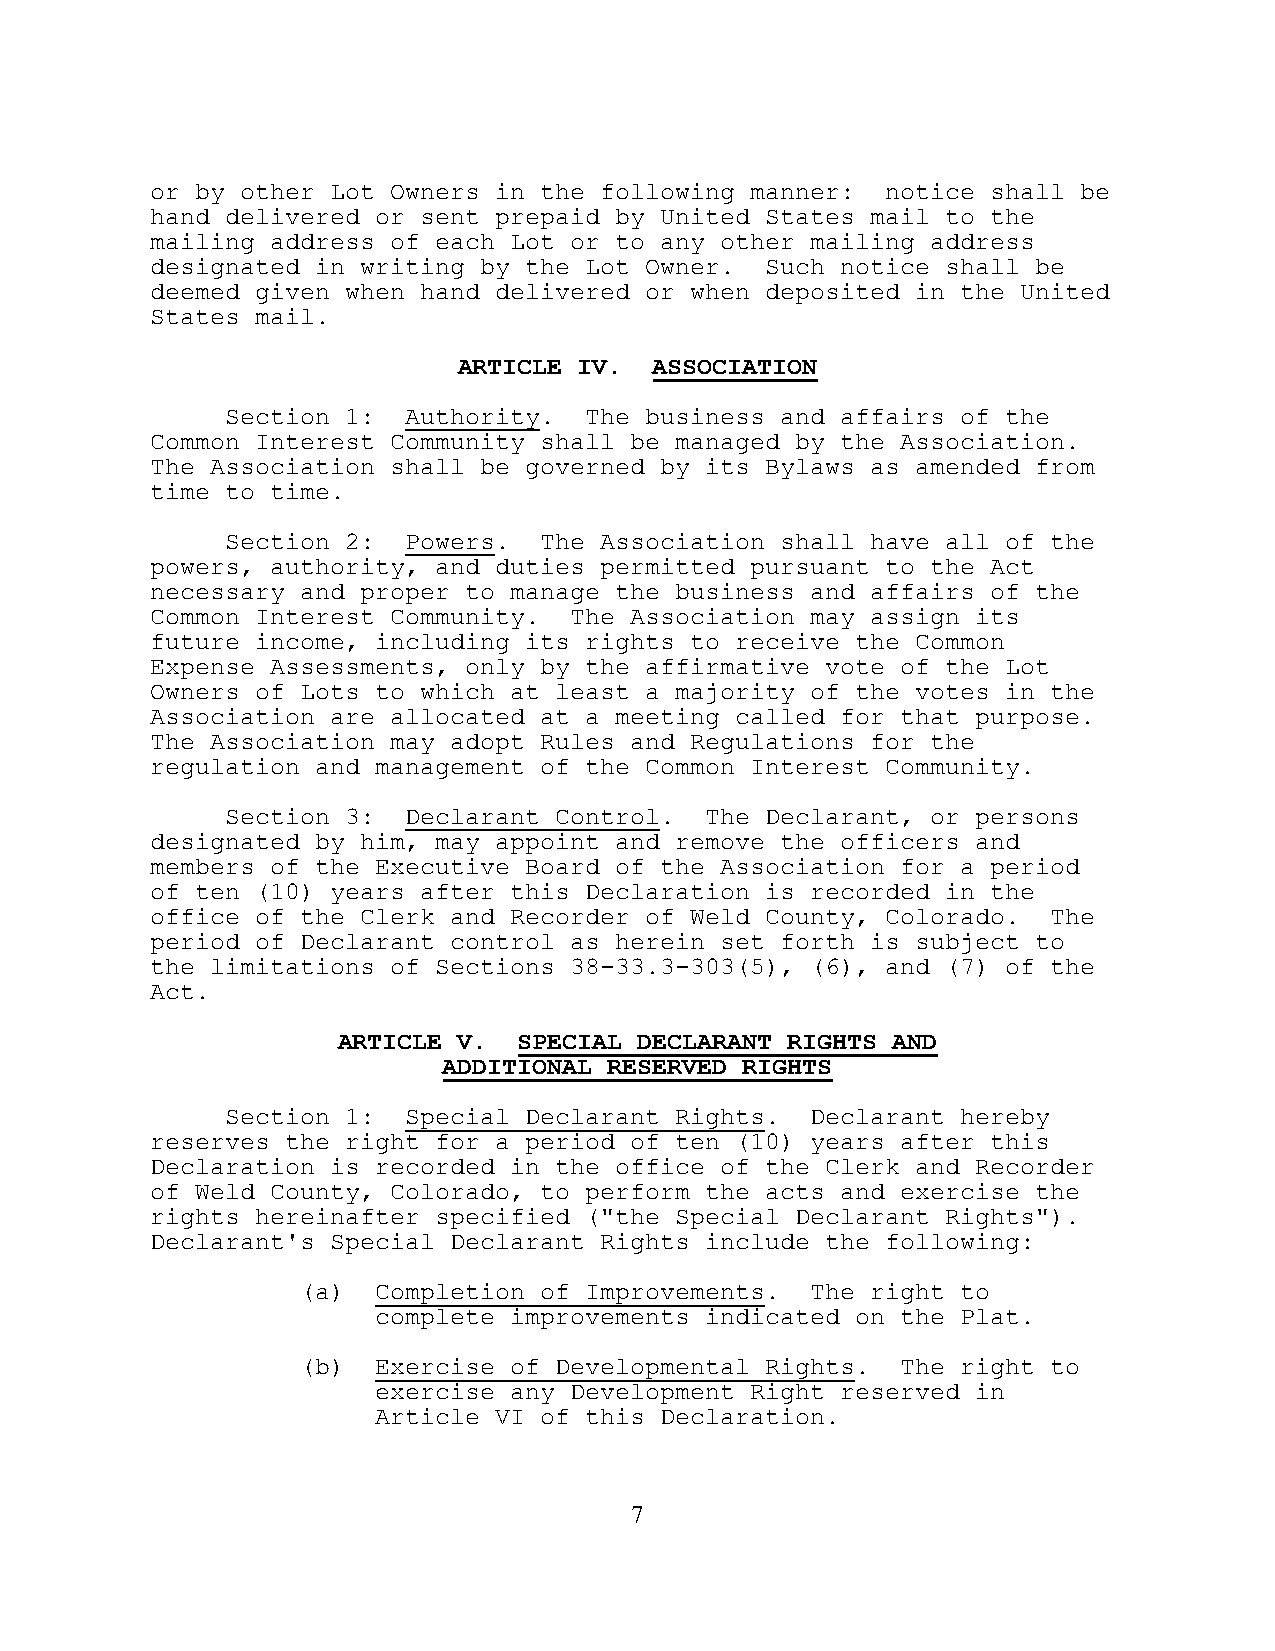
or by other Lot Owners in the following manner:  notice shall be
 hand delivered or sent prepaid by United States mail to the
 mailing address of each Lot or to any other mailing address
 designated in writing by the Lot Owner.  Such notice shall be
 deemed given when hand delivered or when deposited in the United
 States mail.
 ARTICLE IV.  ASSOCIATION
 Section 1:  Authority.  The business and affairs of the
 Common Interest Community shall be managed by the Association.
 The Association shall be governed by its Bylaws as amended from
 time to time.
 Section 2:  Powers.  The Association shall have all of the
 powers, authority, and duties permitted pursuant to the Act
 necessary and proper to manage the business and affairs of the
 Common Interest Community.  The Association may assign its
 future income, including its rights to receive the Common
 Expense Assessments, only by the affirmative vote of the Lot
 Owners of Lots to which at least a majority of the votes in the
 Association are allocated at a meeting called for that purpose.
 The Association may adopt Rules and Regulations for the
 regulation and management of the Common Interest Community.
 Section 3:  Declarant Control.  The Declarant, or persons
 designated by him, may appoint and remove the officers and
 members of the Executive Board of the Association for a period
 of ten (10) years after this Declaration is recorded in the
 office of the Clerk and Recorder of Weld County, Colorado.  The
 period of Declarant control as herein set forth is subject to
 the limitations of Sections 38-33.3-303(5), (6), and (7) of the
 Act.
 ARTICLE V.  SPECIAL DECLARANT RIGHTS AND
 ADDITIONAL RESERVED RIGHTS
 Section 1:  Special Declarant Rights.  Declarant hereby
 reserves the right for a period of ten (10) years after this
 Declaration is recorded in the office of the Clerk and Recorder
 of Weld County, Colorado, to perform the acts and exercise the
 rights hereinafter specified ("the Special Declarant Rights").
 Declarant's Special Declarant Rights include the following:
 (a)  Completion of Improvements.  The right to
 complete improvements indicated on the Plat.
 (b)  Exercise of Developmental Rights.  The right to
 exercise any Development Right reserved in
 Article VI of this Declaration.
 7